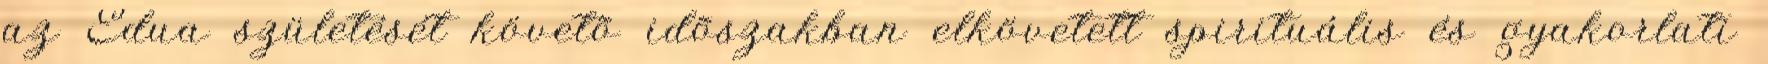
az Edua születését követõ idõszakban elkövetett spirituális és gyakorlati